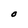
Character: O